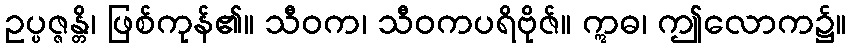
ဥပ္ပဇ္ဇန္တိ၊ ဖြစ်ကုန်၏။ သီဝက၊ သီဝကပရိဗိုဇ်။ ဣဓ၊ ဤလောက၌။